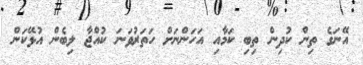
އޭނަގެ ތިން ކުދިން ތިބި ކަމާއި އަހަންނަށް ހަތަރުވަނަ ކުއްޖާ ލިބެން އުޅޭކަން